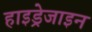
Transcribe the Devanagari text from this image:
हाइड्रेजाइन